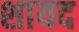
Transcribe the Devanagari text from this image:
शायद